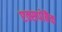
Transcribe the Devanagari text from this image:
एक्सपोबैंक